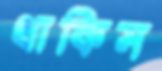
থাকিস